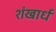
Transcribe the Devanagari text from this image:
शंखार्ध